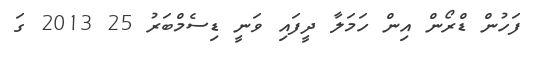
ފަހުން ޑްރޯން އިން ހަމަލާ ދީފައި ވަނީ ޑިސެމްބަރު 25 2013 ގަ